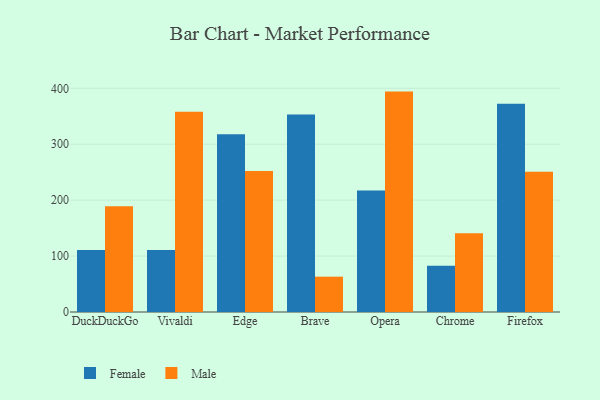
{"axis": {"x": "Browser", "y": "Conversion Rate (%)"}, "legend": ["Female", "Male"], "data": [{"x": "DuckDuckGo", "y": 110.8, "type": "Female"}, {"x": "DuckDuckGo", "y": 188.9, "type": "Male"}, {"x": "Vivaldi", "y": 110.9, "type": "Female"}, {"x": "Vivaldi", "y": 357.9, "type": "Male"}, {"x": "Edge", "y": 318.0, "type": "Female"}, {"x": "Edge", "y": 252.3, "type": "Male"}, {"x": "Brave", "y": 353.0, "type": "Female"}, {"x": "Brave", "y": 63.2, "type": "Male"}, {"x": "Opera", "y": 217.1, "type": "Female"}, {"x": "Opera", "y": 394.1, "type": "Male"}, {"x": "Chrome", "y": 82.6, "type": "Female"}, {"x": "Chrome", "y": 140.9, "type": "Male"}, {"x": "Firefox", "y": 372.5, "type": "Female"}, {"x": "Firefox", "y": 250.9, "type": "Male"}]}